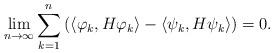
LaTeX: \begin{align*}\lim_{n \to \infty} \sum_{k=1}^n \left(\langle \varphi_k,H\varphi_k\rangle - \langle \psi_k,H\psi_k\rangle\right) = 0.\end{align*}